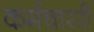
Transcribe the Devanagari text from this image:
कर्मचाररी